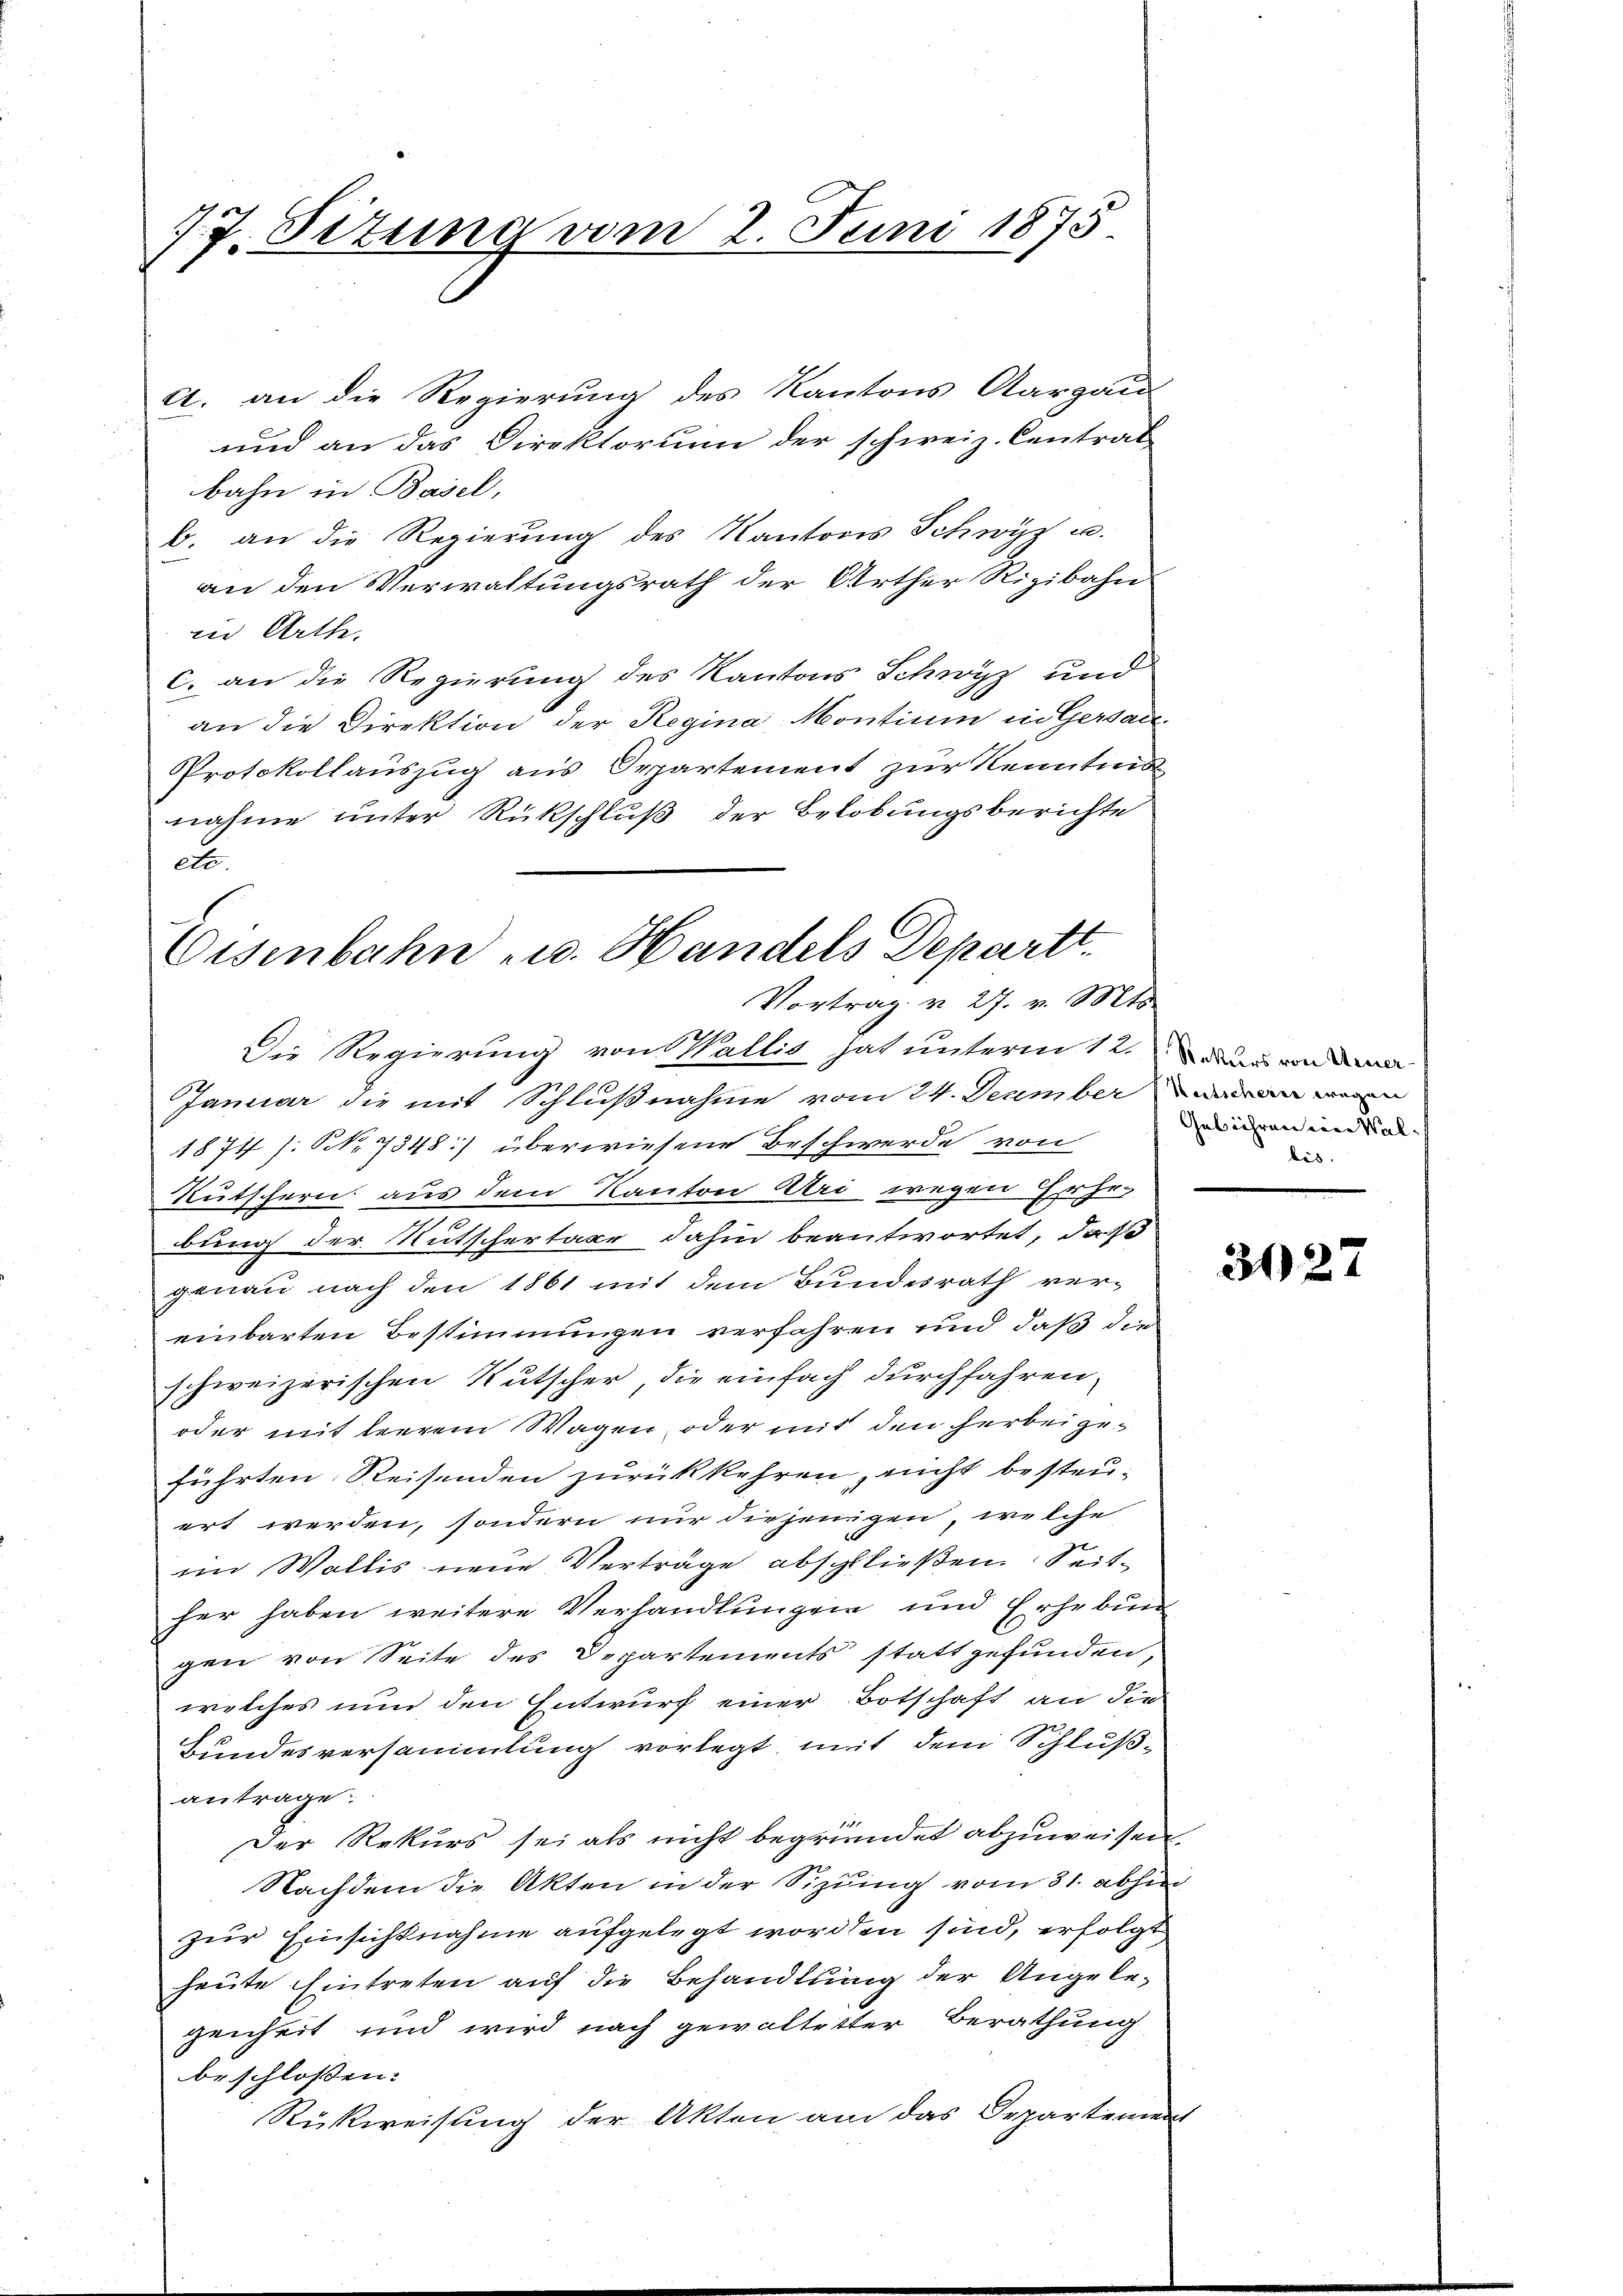
17. Situng vom 2. Juni 1875

A. an die Regierung des Kantons Aargau
und an das Direktorium der schweiz. Centrat
bahn in Basel,
b. an die Regierung des Kantons Schwyz u.
an den Verwaltungsrath der Urther Rigibahn
in Arthe
c. an die Regierung des Kantons Schwyz und
an die Direktion der Regina Montium in Gersau
Protokollauszug aus Departement zur Kenntnis
nahme unter Rückschluß der Belobungsberichte
ett.
Eisenbahn u. Handels Departt.
Vortrag u. 27. v. Mts.

Die Regierung von Wallis hat unterm 12. Darandma
Januar die mit Schlußnahme vom 24. Deumber an einen
1874 /: NNo. 7348) überwiesene Beschwerde von
Kutschern aus dem Kanton Uri wegen Erhe¬
.
bung der Nutschertage dahin beantwortet, daß
genau nach den 1861 mit dem Bundesrath vereinbarten Bestimmungen verfahren und daß die
schweizerischen Rutscher, die einfach durchfahren,
oder mit leerem Wagen, oder mit den herbeigeführten. Reisenden zurückkehren, nicht besteuert werden, sondern nur diejenigen, welche
im Wallis neue Verträge abschließen. Seither haben weitere Verhandlungen und Erhebung
gen von Seite des Departements stattgefunden,
welches nun den Entwurf einer Botschaft an die
Bundesversammlung vorlegt, mit dem Schlußantrage:
Der Rekurs sei als nicht begründet abzuweisen.
Nachdem die Akten in der Sizung vom 31. abhin
zur Einsichtnahme aufgelegt worden sind, erfolgt
heute Eintreten auf die Behandlung der Angelegenheit und wird nach gewaltetter Berathung
beschlossen:
Rückweisung der Akten am das Departement

Gebühren ein Wallis.

3127